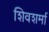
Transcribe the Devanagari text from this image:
शिवशर्मा